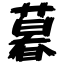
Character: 暮